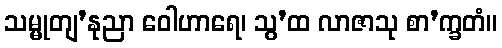
သမ္မုတျ’နုညာ ဝေါဟာရေ၊ သွ’ထ လာဇာသု စာ’က္ခတံ။